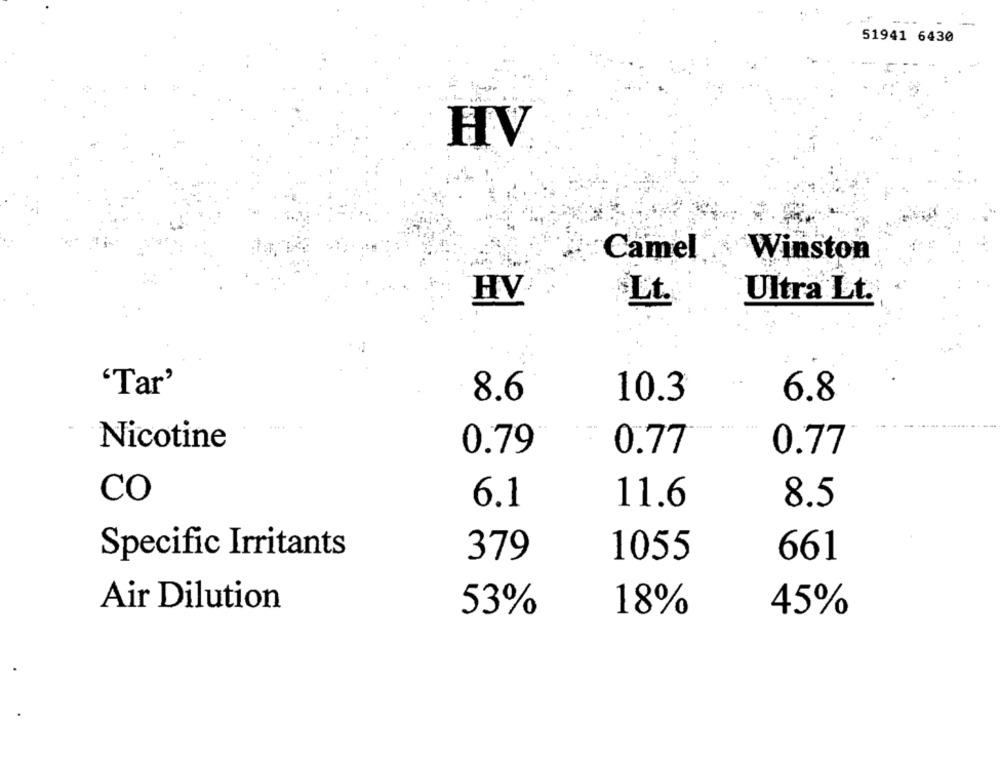
51941 6430
HV
Camel
Winston
Ultra Lt.
HV
Lt.
'Tar'
10.3
6.8
8.6
Nicotine
0.79
0.77
0.77
CO
6.1
11.6
8.5
Specific Irritants
379
1055
661
Air Dilution
53%
18%
45%